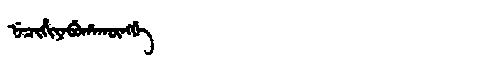
Manchu: ᠨᡝᠴᡳᡥᡳᠶᡝᠪᡠᡥᠠᡴᡡᠩᡤᡝ
Romanization: NECIHIYEBUHAKŪNGGE